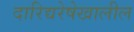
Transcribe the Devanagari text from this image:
दारिद्यरेषेखालील